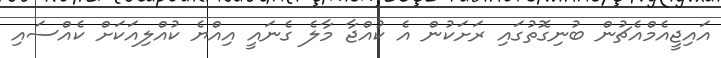
އައިޖީއެމްއެޗުން ބުނިގޮތުގައި ރަށަކުން އެ ކުއްޖާ މާލެ ގެނައީ އިއްޔެ ކުއްލިއަކަށް ކެއްސައި